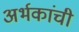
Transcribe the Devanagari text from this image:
अर्भकांची